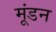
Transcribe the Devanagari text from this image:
मूंडन